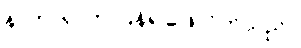
နာတာရှာက ပြန်၍ဖြေလိုက်သည်။